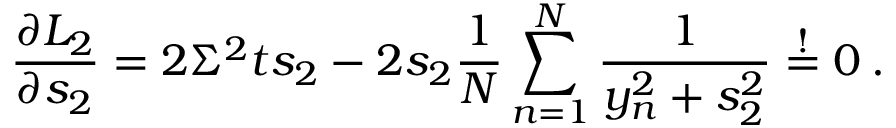
\frac { \partial { \cal L } _ { 2 } } { \partial s _ { 2 } } = 2 \Sigma ^ { 2 } t s _ { 2 } - 2 s _ { 2 } \frac { 1 } { N } \sum _ { n = 1 } ^ { N } \frac { 1 } { y _ { n } ^ { 2 } + s _ { 2 } ^ { 2 } } \stackrel { ! } { = } 0 \: .